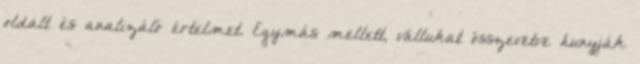
oldalt és analizáló értelmet. Egymás mellett, vállukat összevetve hunyják